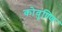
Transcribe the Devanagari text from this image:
कोवुण्णि